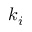
k _ { i }